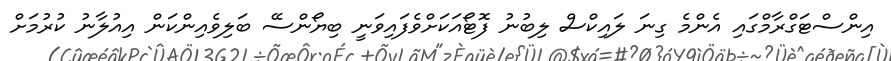
އިންސްޓަގްރާމްގައި އެންމެ ގިނަ ލައިކްސް ލިބުނު ފޮޓޯއަަކަށްވެފައިވަނީ ބިޔޯންސޭ ބަލިވެއިންކަން އިއުލާނު ކުރުމަށް